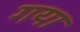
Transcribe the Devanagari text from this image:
गया